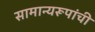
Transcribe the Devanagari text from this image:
सामान्यरूपांची